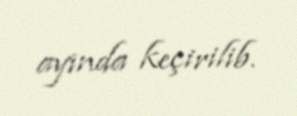
ayında keçirilib.